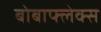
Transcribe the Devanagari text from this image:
बोबाफ्लेक्स